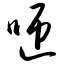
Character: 咂